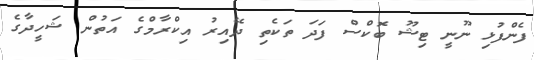
ފެންފުޅި ނޫނީ ޓިޝޫ ބޮކްސް ފަދަ ތަކެތި ދޭއިރު އިކްރާމްގެ އަތުން ޝަހީދާގެ